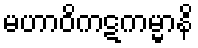
မဟာဝိကဋကမ္မာနိ